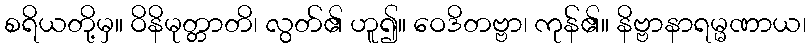
စရိယတို့မှ။ ဝိနိမုတ္တာတိ၊ လွတ်၏ ဟူ၍။ ဝေဒိတဗ္ဗာ၊ ကုန်၏။ နိဗ္ဗာနာရမ္မဏာယ၊